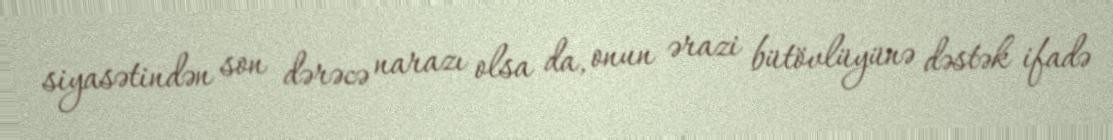
siyasətindən son dərəcə narazı olsa da, onun ərazi bütövlüyünə dəstək ifadə